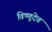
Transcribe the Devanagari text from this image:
विष्णूदेव